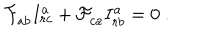
{ \cal F } _ { a b } ^ { \vphantom a } I _ { r c } ^ { a } + { \cal F } _ { c a } ^ { \vphantom a } I _ { r b } ^ { a } = 0 \ .